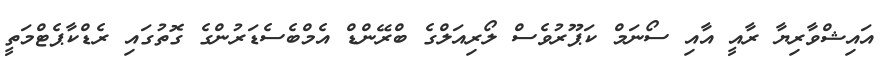
އައިޝްވާރިޔާ ރާއީ އާއި ސޯނަމް ކަޕޫރުވެސް ލޯރިއަލްގެ ބްރޭންޑް އެމްބެސެޑަރުންގެ ގޮތުގައި ރެޑްކާޕެޓްމަތީ